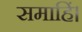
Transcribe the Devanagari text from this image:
समाहिं।